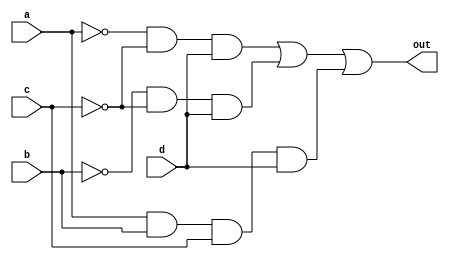
module ex2a(output out, input a, input b, input c, input d);

assign out = (~a & ~c & d) | (~b & ~c & d) | ( a & b & c & d);

endmodule